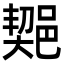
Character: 𨜣